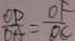
\frac { O D } { D A } = \frac { O F } { O C }